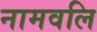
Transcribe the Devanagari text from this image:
नामवलि